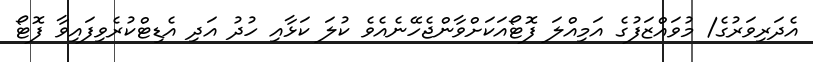
އެދަރިވަރުގެ/ މުވައްޒަފުގެ އަމިއްލަ ފޮޓޯއަކަށްވާންޖެހޭނެއެވެ ކުލަ ކަޅާއި ހުދު އަދި އެޑިޓްކުރެވިފައިވާ ފޮޓޯ